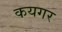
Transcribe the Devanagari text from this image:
कयगर